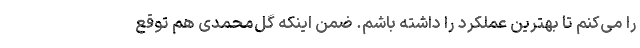
را می‌کنم تا بهترین عملکرد را داشته باشم. ضمن اینکه گل‌محمدی هم توقع